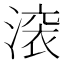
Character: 𬈟